Problem: 6 × 4 = ?
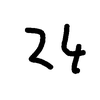
Handwritten answer: 24